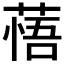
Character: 𦷮